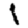
Digit: 1